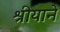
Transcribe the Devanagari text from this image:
श्रीयाने